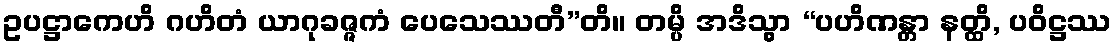
ဥပဋ္ဌာကေဟိ ဂဟိတံ ယာဂုခဇ္ဇကံ ပေသေဿတီ”တိ။ တမ္ပိ အဒိသွာ “ပဟိဏန္တာ နတ္ထိ, ပဝိဋ္ဌဿ